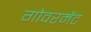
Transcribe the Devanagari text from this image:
गोवरमेंट